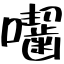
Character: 囓